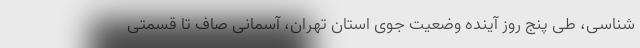
شناسی، طی پنج روز آینده وضعیت جوی استان تهران، آسمانی صاف تا قسمتی